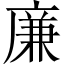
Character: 廉